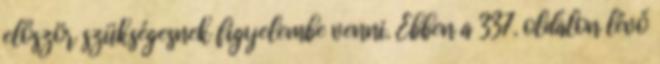
először szükségesnek figyelembe venni. Ebben a 337. oldalon lévő